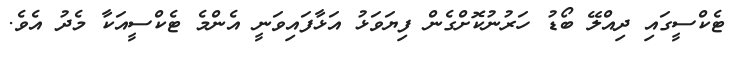
ޓެކްސީގައި ދިއްލޭ ބޯޑު ހަރުނުކޮށްގެން ފިޔަވަޅު އަޅާފައިވަނީ އެންމެ ޓެކްސީއަކާ މެދު އެވެ.